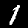
Label: 1